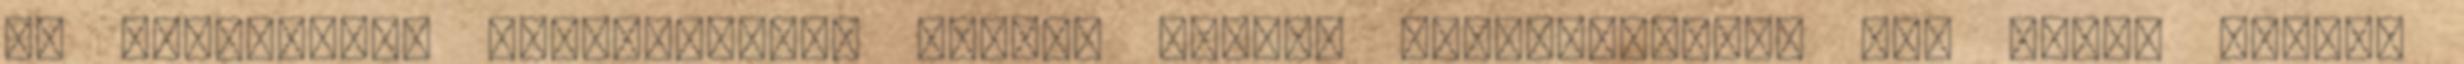
jó ismerősöm, rendszeresen járunk együtt hokimeccsekre is. Nekem inkább